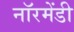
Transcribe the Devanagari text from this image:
नॉरमेंडी